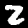
Digit: 2